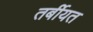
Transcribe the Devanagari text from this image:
तर्बीयत